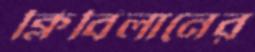
ক্লিবিলানের